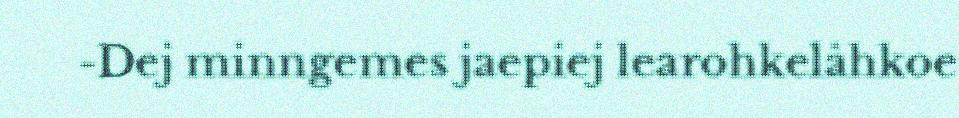
-Dej minngemes jaepiej learohkelåhkoe